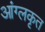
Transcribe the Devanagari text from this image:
आंग्लकृत